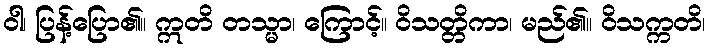
ဝါ၊ ပြန့်ပြော၏။ ဣတိ တသ္မာ၊ ကြောင့်။ ဝိသတ္တိကာ၊ မည်၏။ ဝိသက္ကတိ၊